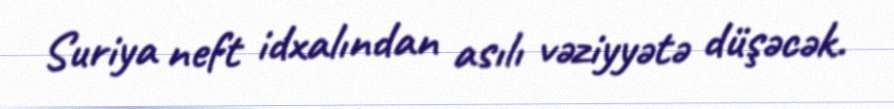
Suriya neft idxalından asılı vəziyyətə düşəcək.